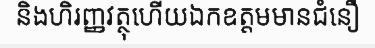
និងហិរញ្ញវត្ថុហើយឯកឧត្តមមានជំនឿ